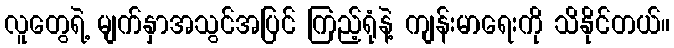
လူတွေရဲ့ မျက်နှာအသွင်အပြင် ကြည့်ရုံနဲ့ ကျန်းမာရေးကို သိနိုင်တယ်။